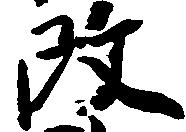
改